Medical and sanitary report of the native army of Bengal for the year
Year: 1877
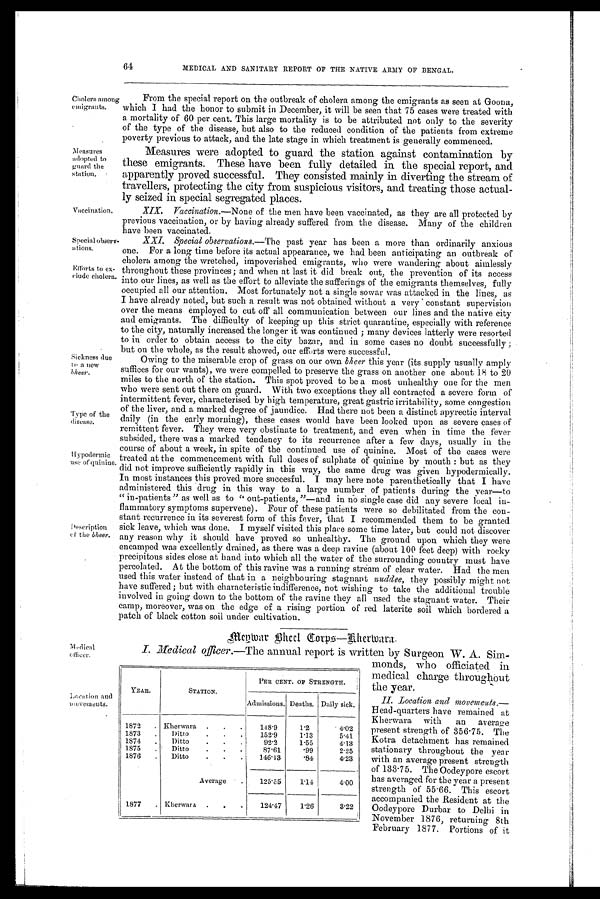
Special observ-
ations.
Efforts to ex-
clude cholera
64
MEDICAL AND SANITARY REPORT OF THE NATIVE ARMY OF BENGAL.
Cholera among
emigrants.
Measures
adopted to
guard the
station.
Vaccination.
Sickness due
in a new
b heer.
Type of the
disease.
Hypodermic
use of quinine.
Description
of the bheer.
From the special report on the outbreak of cholera among the emigrants as seen at Goona,
which I had the honor to submit in December, it will be seen that 75 cases were treated with
a mortality of 60 per cent. This large mortality is to be attributed not only to the severity
of the type of the disease, but also to the reduced condition of the patients from extreme
poverty previous to attack, and the late stage in which treatment is generally commenced.
Measures were adopted to guard the station against contamination by
these emigrants. These have been fully detailed in the special report, and
apparently proved successful. They consisted mainly in diverting the stream of
travellers, protecting the city from suspicious visitors, and treating those actual-
-ly seized in special segregated places.
XIX. Vaccination.— None of the men have been vaccinated, as they are all protected by
previous vaccination, or by having already suffered from the disease. Many of the children
have been vaccinated.
XXI. Special observations.— The past year has been a more than ordinarily anxious
one. For a long time before its actual appearance, we had been anticipating an outbreak of
cholera among the wretched, impoverished emigrants, who were wandering about aimlessly
throughout these provinces; and when at last it did break out, the prevention of its access
i nt o our l i nes, as wel l as t he effort t o al l evi at e t he sufferi ngs of t he emi grant s t hemsel ves, ful l y
occupied all our attention. Most fortunately not a single sowar was attacked in the lines, as
I have already noted, but such a result was not obtained without a very constant supervision
over the means employed to cut off all communication between our lines and the native city
and emigrants. The difficulty of keeping up this strict quarantine, especially with reference
to the city, naturally increased the longer it was continued ; many devices latterly were resorted
to in order to obtain access to the city bazar, and in some cases no doubt successfully ;
but on the whole, as the result showed, our efforts were successful.
Owing to the miserable crop of grass on our own bheer this year (its supply usually amply
suffices for our wants), we were compelled to preserve the grass on another one about 18 to 20
miles to the north of the station. This spot proved to be a most unhealthy one for the men
who were sent out there on guard. With two exceptions they all contracted a severe form of
intermittent fever, characterised by high temperature, great gastric irritability, some congestion
of the liver, and a marked degree of jaundice. Had there not been a distinct apyrectic interval
daily (in the early morning), these cases would have been looked upon as severe cases of
remittent fever. They were very obstinate to treatment, and even when in time the fever
subsided, there was a marked tendency to its recurrence after a few days, usually in the
course of about a week, in spite of the continued use of quinine. Most of the eases were
treated at the commencement with full doses of sulphate of quinine by mouth : but as they
did not improve sufficiently rapidly in this way, the same drug was given hypodermically.
In most instances this proved more succesful. I may here note parenthetically that I have
administered this drug in this way to a large number of patients during the year—to
" in-patients " as well as to " out-patients, "—and in no single case did any severe local in-
flammatory symptoms supervene). Four of these patients were so debilitated from the con-
stant recurrence in its severest form of this fever, that I recommended them to be granted
sick leave, which was done. I myself visited this place some time later, but could not discover
any reason why it should have proved so unhealthy. The ground upon which they were
encamped was excellently drained, as there was a deep ravine (about 100 feet deep) with rocky
precipitous sides close at hand into which all the water of the surrounding country must have
percolated. A t the bottom of this ravine was a running stream of clear water. Had the men
used this water instead of that in a neighbouring stagnant nuddee, they possibly might not
have suffered; but with characteristic indifference, not wishing to take the additional trouble
involved in going down to the bottom of the ravine they all used the stagnant water. Their
camp, moreover, was on the edge of a rising portion of red laterite soil which bordered a
patch of black cotton soil under cultivation.
Location and
movements.
M e m b e r B h c c l C o r p s — B h e r m a r a .
I. Medical officer.—T h e
annual report is written by Surgeon W. A. Sim-
monds, who officiated in
medical charge throughout
the year.
II . Location and movements.—
H e a d - q u a r t e r s h a v e r e m a i n e d a t
Kherwara with an average
present strength of 356.75. The
Kotra detachment has remained
stationary throughout the year
with an average present strength
of 133.75. The Oodeypore escort
has averaged for the year a present
strength of 55.66. This escort
accompanied the Resident at the
Oodeypore Durbar to Delhi in
November 1876, returning 8th
February 1877. Portions of it
YEAR.
STATION.
PER CENT. OF STRENGTH.
Admissions. Deaths.
D a i l y
sick.
1872
. Kherwara .
.
.
148.9
l.2
4.02
1873
.
Ditto
.
.
.
152.9
1.13
5.41
1874
Ditto
.
.
.
92.2
1.55
4.13
1875
Ditto
.
.
.
87.61
.99
2.25
1876
.
Ditto
.
.
.
146.13
.84
4.23
Average
.
125.35
1.14
4.00
1877
. Kherwara .
.
.
124.47
1.26
3.22